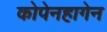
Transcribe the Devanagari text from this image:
कोपेनहागेन